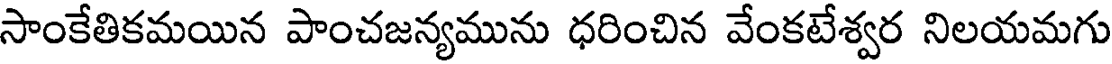
సాంకేతికమయిన పాంచజన్యమును ధరించిన వేంకటేశ్వర నిలయమగు